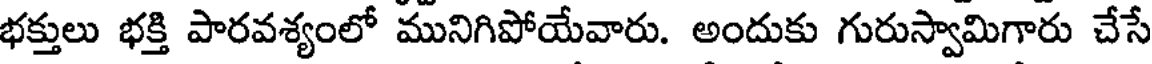
భక్తులు భక్తి పారవశ్యంలో మునిగిపోయేవారు. అందుకు గురుస్వామిగారు చేసే